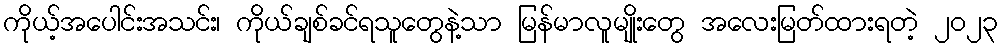
ကိုယ့်အပေါင်းအသင်း၊ ကိုယ်ချစ်ခင်ရသူတွေနဲ့သာ မြန်မာလူမျိုးတွေ အလေးမြတ်ထားရတဲ့ ၂၀၂၃